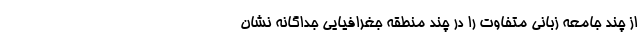
از چند جامعه زبانی متفاوت را در چند منطقه جغرافیایی جداگانه نشان